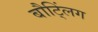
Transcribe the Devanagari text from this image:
बौट्लिंग